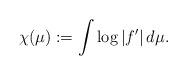
LaTeX: \begin{align*}\chi(\mu) := \int\log\,\lvert f'\rvert\,d\mu.\end{align*}